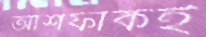
আশফাকই